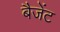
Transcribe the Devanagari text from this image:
बैजेंट